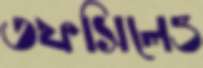
তফসিলেও